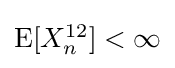
{\textstyle \operatorname {E} [X_{n}^{12}]<\infty }